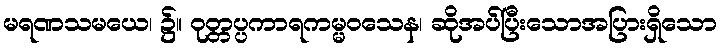
မရဏသမယေ၊ ၌။ ဝုတ္တပ္ပကာရကမ္မဝသေန၊ ဆိုအပ်ပြီးသောအပြားရှိသော